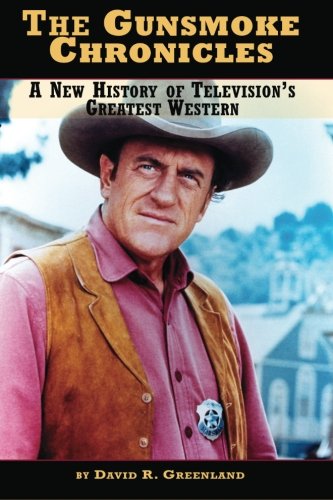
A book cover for The Gunsmoke Chronicles: A New History of Television's Greatest Western; David R. Greenland; Humor & Entertainment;